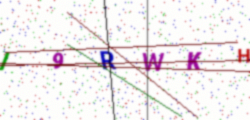
Text: I9RWKH